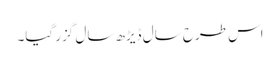
اس طرح سال ڈیڑھ سال گزر گیا۔